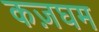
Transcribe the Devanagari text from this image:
कज़घम